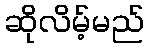
ဆိုလိမ့်မည်